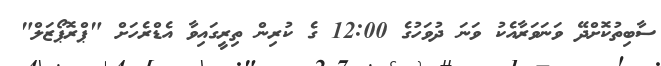
ސާބިތުކޮށްދޭ ވަނަވަރާއެކު ވަނަ ދުވަހުގެ 12:00 ގެ ކުރިން ތިރީގައިވާ އެޑްރެހަށް "ޕްރޮޕޯޒަލް"